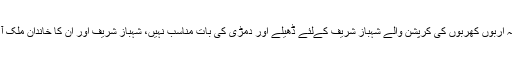
معاون خصوصی نے کہا کہ اربوں کھربوں کی کرپشن والے شہباز شریف کےلئے ڈھیلے اور دمڑی کی بات مناسب نہیں، شہباز شریف اور ان کا خاندان ملک آ کر عدالتوں کا سامنا کرے۔